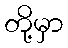
တို့မှာ